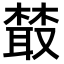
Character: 樷